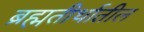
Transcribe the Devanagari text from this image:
ब्रह्मतीर्थातील